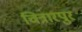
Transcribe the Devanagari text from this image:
चित्रारपुर